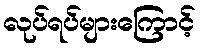
လုပ်ရပ်များကြောင့်